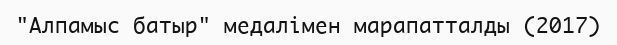
"Алпамыс батыр" медалімен марапатталды (2017)